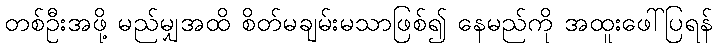
တစ်ဦးအဖို့ မည်မျှအထိ စိတ်မချမ်းမသာဖြစ်၍ နေမည်ကို အထူးဖေါ်ပြရန်